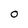
Character: 0